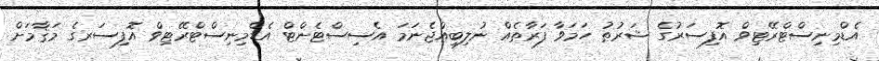
އެޑްމިނިސްޓްރޭޓިވް އޮފިސަރުގެ ޝަރުޠު ހަމަވާ ފަރާތެއް ނުލިބިއްޖެނަމަ އެސިސްޓެންޓް އެޑްމިނިސްޓްރޭޓިވް އޮފިސަރގެ މަޤާމަށް